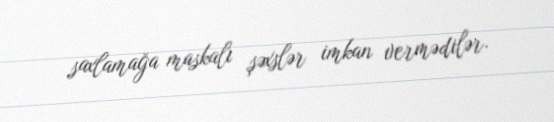
saxlamağa maskalı şəxslər imkan vermədilər.